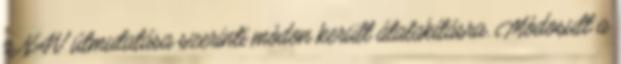
a NAV útmutatása szerinti módon került átalakításra. Módosult a